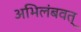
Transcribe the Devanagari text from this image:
अभिलंबवत्